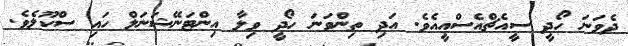
ދެވަނަ ހޯދީ ސީއެޗްއެސްއީއެވެ. އަދި ތިންވަނަ ހޯދީ ވިލާ އިންޓަނޭޝަނަލް ހައި ސްކޫލެވެ.